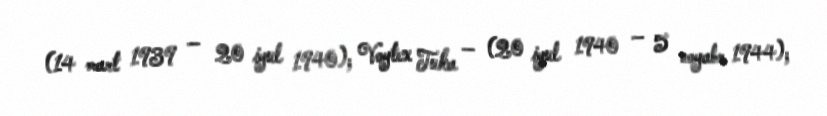
(14 mart 1939 — 20 iyul 1940); Voytex Tuka — (20 iyul 1940 — 5 noyabr 1944);